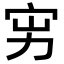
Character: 𡧚